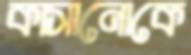
কাসানোকে